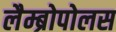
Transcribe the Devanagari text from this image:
लैम्ब्रोपोलस